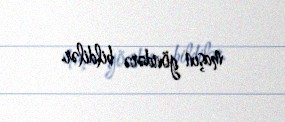
maşın göndərə bildilər.